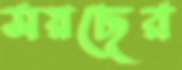
ময়ছের